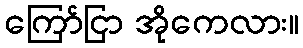
ကြော်ငြာ အိုကေလား။